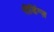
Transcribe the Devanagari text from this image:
रीडिंग्ज़